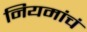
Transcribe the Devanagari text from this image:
नियमांचं